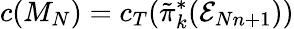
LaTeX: c(M_{N})=c_{T}(\tilde{\pi}_{k}^{*}({\cal E}_{Nn+1}))